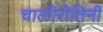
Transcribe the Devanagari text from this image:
चालीरीतिनी